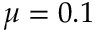
\mu = 0 . 1